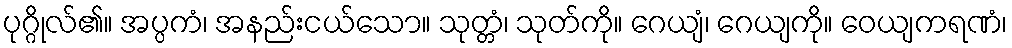
ပုဂ္ဂိုလ်၏။ အပ္ပကံ၊ အနည်းငယ်သော။ သုတ္တံ၊ သုတ်ကို။ ဂေယျံ၊ ဂေယျကို။ ဝေယျကရဏံ၊